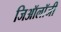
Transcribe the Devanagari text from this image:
जिऑलॉजी